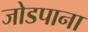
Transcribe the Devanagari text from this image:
जोडपाना